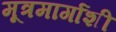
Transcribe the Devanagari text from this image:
मूत्रमार्गाशी